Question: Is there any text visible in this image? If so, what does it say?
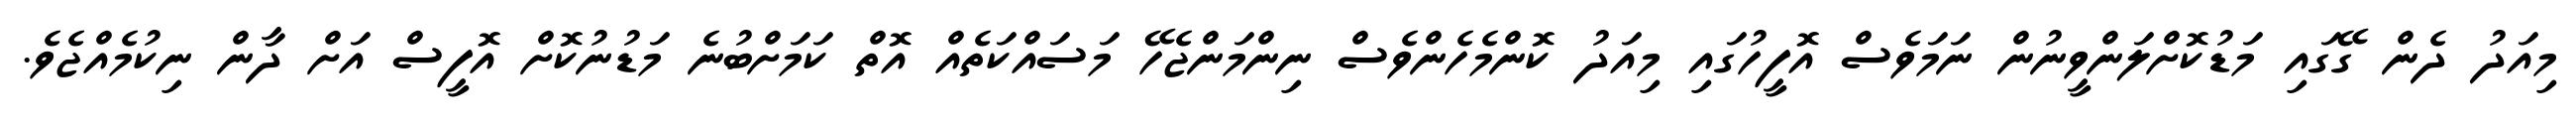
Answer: މިއަދު ދެން ގޭގައި މަޑުކޮށްލަންވީނުން ނަމަވެސް އޮފީހުގައި މިއަދު ކޮންމެހެންވެސް ނިންމަންޖެހޭ މަސައްކަތެއް އޮތް ކަމަށްބުނެ މަޑުނުކޮށް އޮފީސް އަށް ދާން ނިކުމެއްޖެވެ.